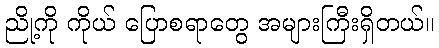
ညို့ကို ကိုယ် ပြောစရာတွေ အများကြီးရှိတယ်။